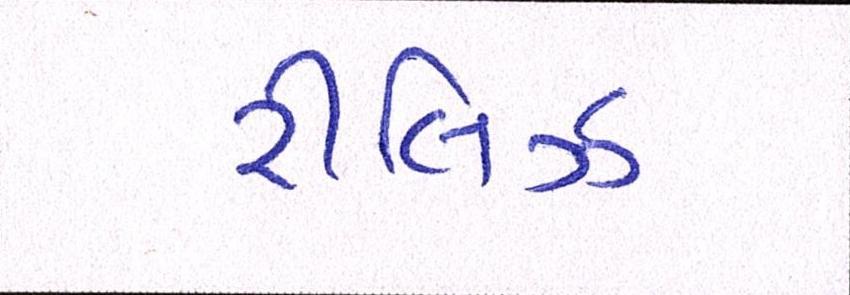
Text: રીલિઝ